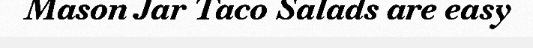
Mason Jar Taco Salads are easy